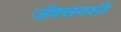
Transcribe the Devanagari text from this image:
जॅक्सनशी